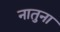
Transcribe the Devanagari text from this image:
नातुना